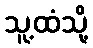
သူ့ထံသို့